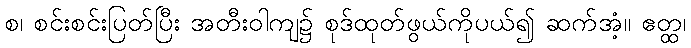
စ၊ စင်းစင်းပြတ်ပြီး အတီးဝါကျ၌ စုဒ်ထုတ်ဖွယ်ကိုပယ်၍ ဆက်အံ့။ ဧတ္ထ၊